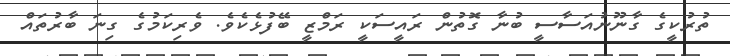
ތުރުކީގެ ގާނޫނުއަސާސީ ބުނާ ގޮތުން ރައީސަކީ ރަމްޒީ ބޭފުޅެކެވެ. ވެރިކަމުގެ ގިނަ ބާރުތައް